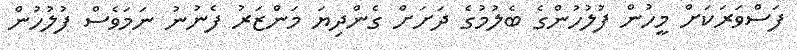
ފަސްވަރަކަށް މީހުން ފުލުހުންގެ ބެލުމުގެ ދަށަށް ގެންދިޔަ މަންޒަރު ފެނުނު ނަމަވެސް ފުލުހުން